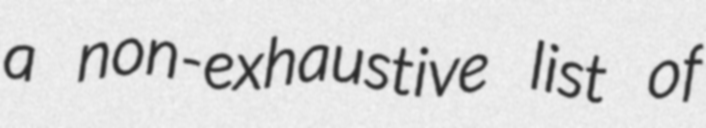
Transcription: a non-exhaustive list of